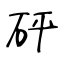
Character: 砰